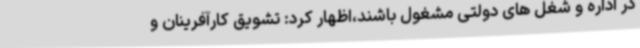
در اداره و شغل های دولتی مشغول باشند،اظهار کرد: تشویق کارآفرینان و